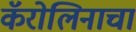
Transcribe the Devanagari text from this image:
कॅरोलिनाचा